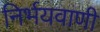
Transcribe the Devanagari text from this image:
निर्भयवाणी